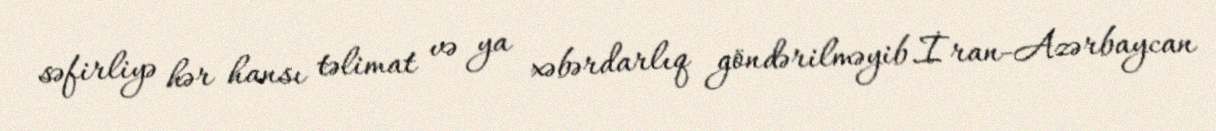
səfirliyə hər hansı təlimat və ya xəbərdarlıq göndərilməyib.İran-Azərbaycan